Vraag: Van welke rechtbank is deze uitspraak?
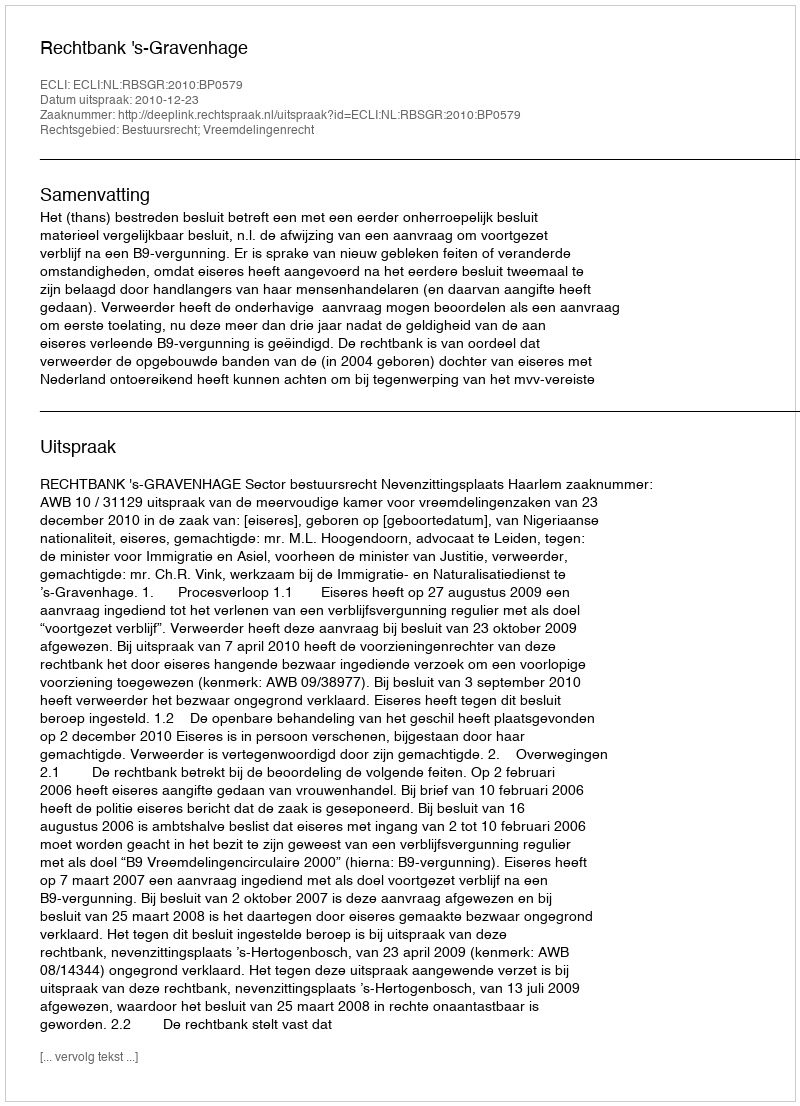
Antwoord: Rechtbank 's-Gravenhage